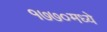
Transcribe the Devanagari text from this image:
१७७०मध्ये